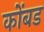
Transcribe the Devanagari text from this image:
कोंबड